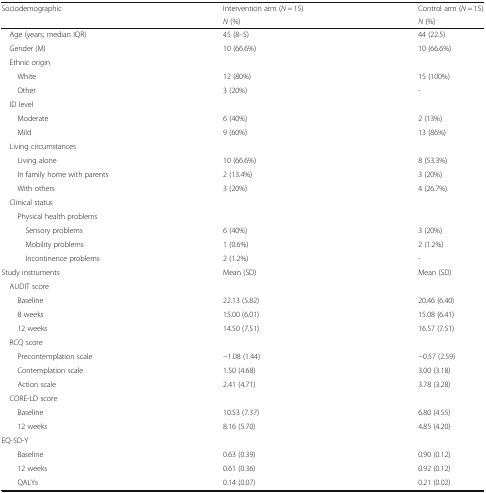
<table><thead><tr><td rowspan="2"><b>Sociodemographic</b></td><td><b>Intervention arm (<i>N</i> = 15)</b></td><td><b>Control arm (<i>N</i> = 15)</b></td></tr><tr><td><b><i>N</i> (%)</b></td><td><b><i>N</i> (%)</b></td></tr></thead><tbody><tr><td> Age (years; median IQR)</td><td>45 (8–5)</td><td>44 (22.5)</td></tr><tr><td> Gender (M)</td><td>10 (66.6%)</td><td>10 (66.6%)</td></tr><tr><td colspan="3"> Ethnic origin</td></tr><tr><td>White</td><td>12 (80%)</td><td>15 (100%)</td></tr><tr><td>Other</td><td>3 (20%)</td><td>-</td></tr><tr><td colspan="3"> ID level</td></tr><tr><td>Moderate</td><td>6 (40%)</td><td>2 (13%)</td></tr><tr><td>Mild</td><td>9 (60%)</td><td>13 (86%)</td></tr><tr><td colspan="3"> Living circumstances</td></tr><tr><td>Living alone</td><td>10 (66.6%)</td><td>8 (53.3%)</td></tr><tr><td>In family home with parents</td><td>2 (13.4%)</td><td>3 (20%)</td></tr><tr><td>With others</td><td>3 (20%)</td><td>4 (26.7%)</td></tr><tr><td colspan="3"> Clinical status</td></tr><tr><td colspan="3">Physical health problems</td></tr><tr><td>Sensory problems</td><td>6 (40%)</td><td>3 (20%)</td></tr><tr><td>Mobility problems</td><td>1 (0.6%)</td><td>2 (1.2%)</td></tr><tr><td>Incontinence problems</td><td>2 (1.2%)</td><td>-</td></tr><tr><td>Study instruments</td><td>Mean (SD)</td><td>Mean (SD)</td></tr><tr><td colspan="3"> AUDIT score</td></tr><tr><td>Baseline</td><td>22.13 (5.82)</td><td>20.46 (6.40)</td></tr><tr><td>8 weeks</td><td>15.00 (6.01)</td><td>15.08 (6.41)</td></tr><tr><td>12 weeks</td><td>14.50 (7.51)</td><td>16.57 (7.51)</td></tr><tr><td colspan="3"> RCQ score</td></tr><tr><td>Precontemplation scale</td><td>−1.08 (1.44)</td><td>−0.57 (2.59)</td></tr><tr><td>Contemplation scale</td><td>1.50 (4.68)</td><td>3.00 (3.18)</td></tr><tr><td>Action scale</td><td>2.41 (4.71)</td><td>3.78 (3.28)</td></tr><tr><td colspan="3"> CORE-LD score</td></tr><tr><td>Baseline</td><td>10.53 (7.37)</td><td>6.80 (4.55)</td></tr><tr><td>12 weeks</td><td>8.16 (5.70)</td><td>4.85 (4.20)</td></tr><tr><td colspan="3">EQ-5D-Y</td></tr><tr><td>Baseline</td><td>0.63 (0.39)</td><td>0.90 (0.12)</td></tr><tr><td>12 weeks</td><td>0.61 (0.36)</td><td>0.92 (0.12)</td></tr><tr><td>QALYs</td><td>0.14 (0.07)</td><td>0.21 (0.02)</td></tr></tbody></table>